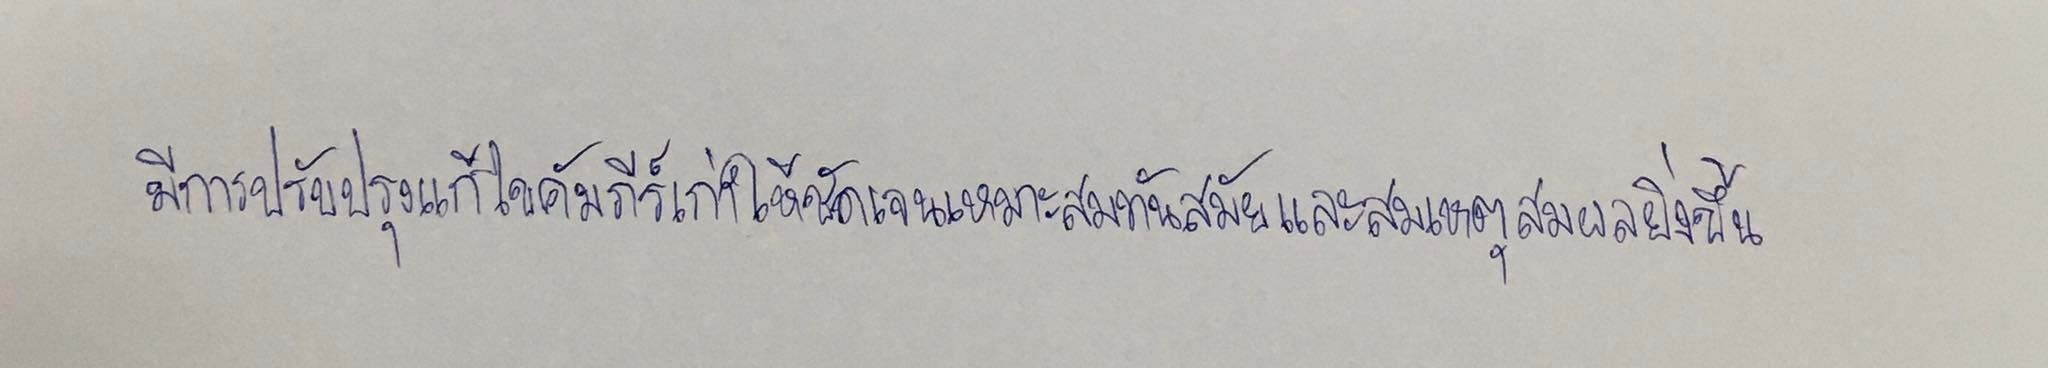
มีการปรับปรุงแก้ไขคัมภีร์เก่าให้ชัดเจนเหมาะสมทันสมัยและสมเหตุสมผลยิ่งขึ้น